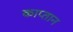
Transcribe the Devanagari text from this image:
काप्तान